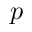
p